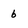
Character: 6